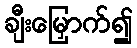
ချီးမြှောက်၍